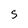
Character: S